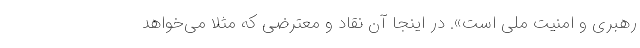
رهبری و امنیت ملی است». در اینجا آن نقاد و معترضی که مثلا می‌خواهد